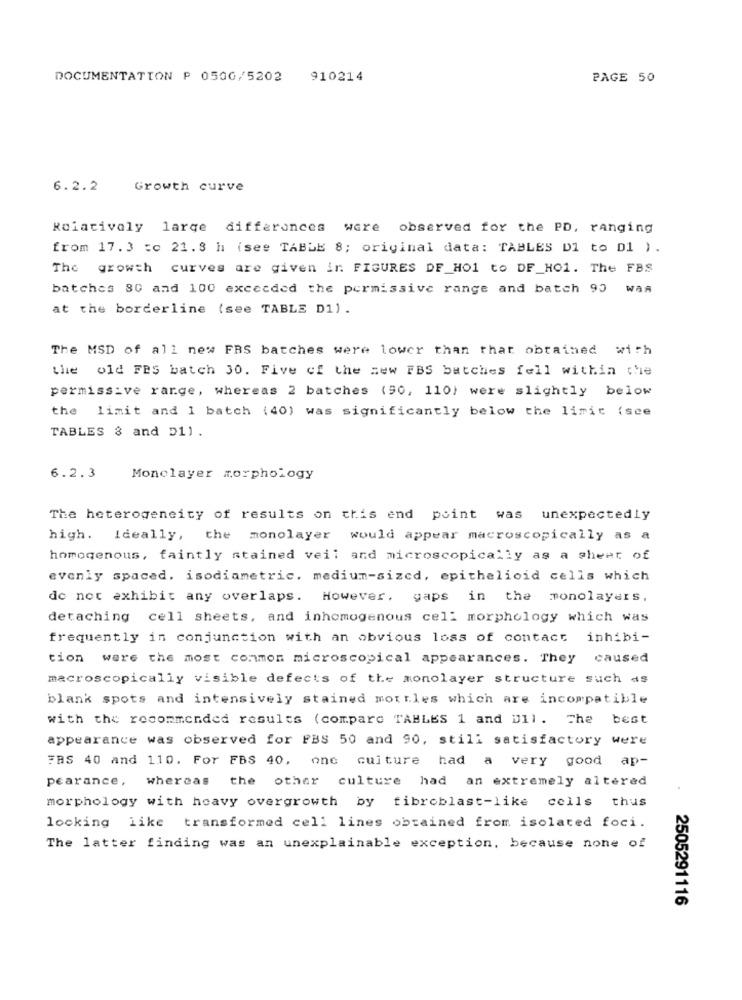
DOCUMENTATION P 0500/5202 910214
PAGE 50
6.2.2
Growth curve
Relatively large differences were observed for the PD, ranging
from 17.3 =c 21.8 h (see TABLE 8; original data: TABLES D1 to D1 ).
The growth curves are given in FIGURES DF_H01 to DF_HO1. The FBS
batches 80 and 100 exceeded the permissive range and batch 90 was
at the borderline (see TABLE D1) .
The MSD of all new FRS batches were lower than that obtained with
the old FES batch 30. Five of the new FBS batches fell within the
permissive range, whereas 2 batches (90, 110) were slightly below
the limit and 1 batch (40) was significantly below the limit (see
TABLES & and D11.
6.2.3
Monolayer morphology
The heterogeneity of results on this end point was unexpectedly
high. Ideally, the monolayer would appear macroscopically as a
homogenous, faintly stained veil and microscopically as a shear of
evenly spaced. isodiametric. medium-sized, epithelioid cells which
do not exhibit any overlaps. However, gaps in the monolayers,
detaching cell sheets, and inhomogenous cell morphology which was
frequently in conjunction with an obvious loss of contact inhibi-
tion were the most common microscopical appearances. They caused
macroscopically visible defects of the monolayer structure such as
blank spots and intensively stained moutles which are incompatible
with the recommended results (compare TABLES 1 and Dll. The best
appearance was observed for FBS 50 and 90, still satisfactory were
FBS 40 and 110. For FBS 40, one culture had a very good ap-
pearance, whereas the other culture had an extremely altered
morphology with heavy overgrowth by fibroblast-like cells thus
locking like transformed cell lines obtained from isolated foci.
The latter finding was an unexplainable exception, because none of
2505291116